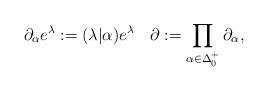
LaTeX: \begin{align*}\partial_\alpha e^\lambda := (\lambda|\alpha) e^\lambda \quad \partial := \prod_{\alpha\in{\Delta_0^+}} \partial_\alpha, \end{align*}